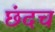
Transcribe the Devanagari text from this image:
छंदच